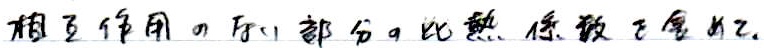
相互作用的那部分的比热系数与温度. （注：原文字表述似乎不太完整通顺，但严格按图片呈现内容输出）